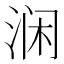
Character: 𰛵